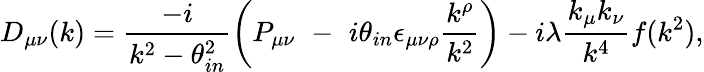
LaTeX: D_{\mu\nu}(k)=\frac{-i}{k^{2}-\theta_{in}^{2}}\left(P_{\mu\nu}\, \, -\, \, i\theta_{in}\epsilon_{\mu\nu\rho}\frac{k^{\rho}}{k^{2}}\right)-i\lambda\frac{k_{\mu}k_{\nu}}{k^{4}}f(k^{2}),